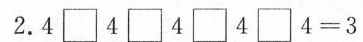
2.$$4 \Box 4 \Box 4 \Box 4 \Box 4 = 3$$